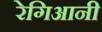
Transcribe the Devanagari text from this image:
रेगिआनी